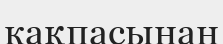
кақпасынан